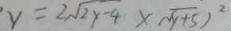
y = 2 \sqrt { 2 y - 4 } \times \sqrt { y + 5 } ) ^ { 2 }